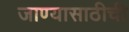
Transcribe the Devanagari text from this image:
जाण्यासाठीची